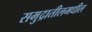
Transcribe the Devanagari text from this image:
समुद्रातीलमधील